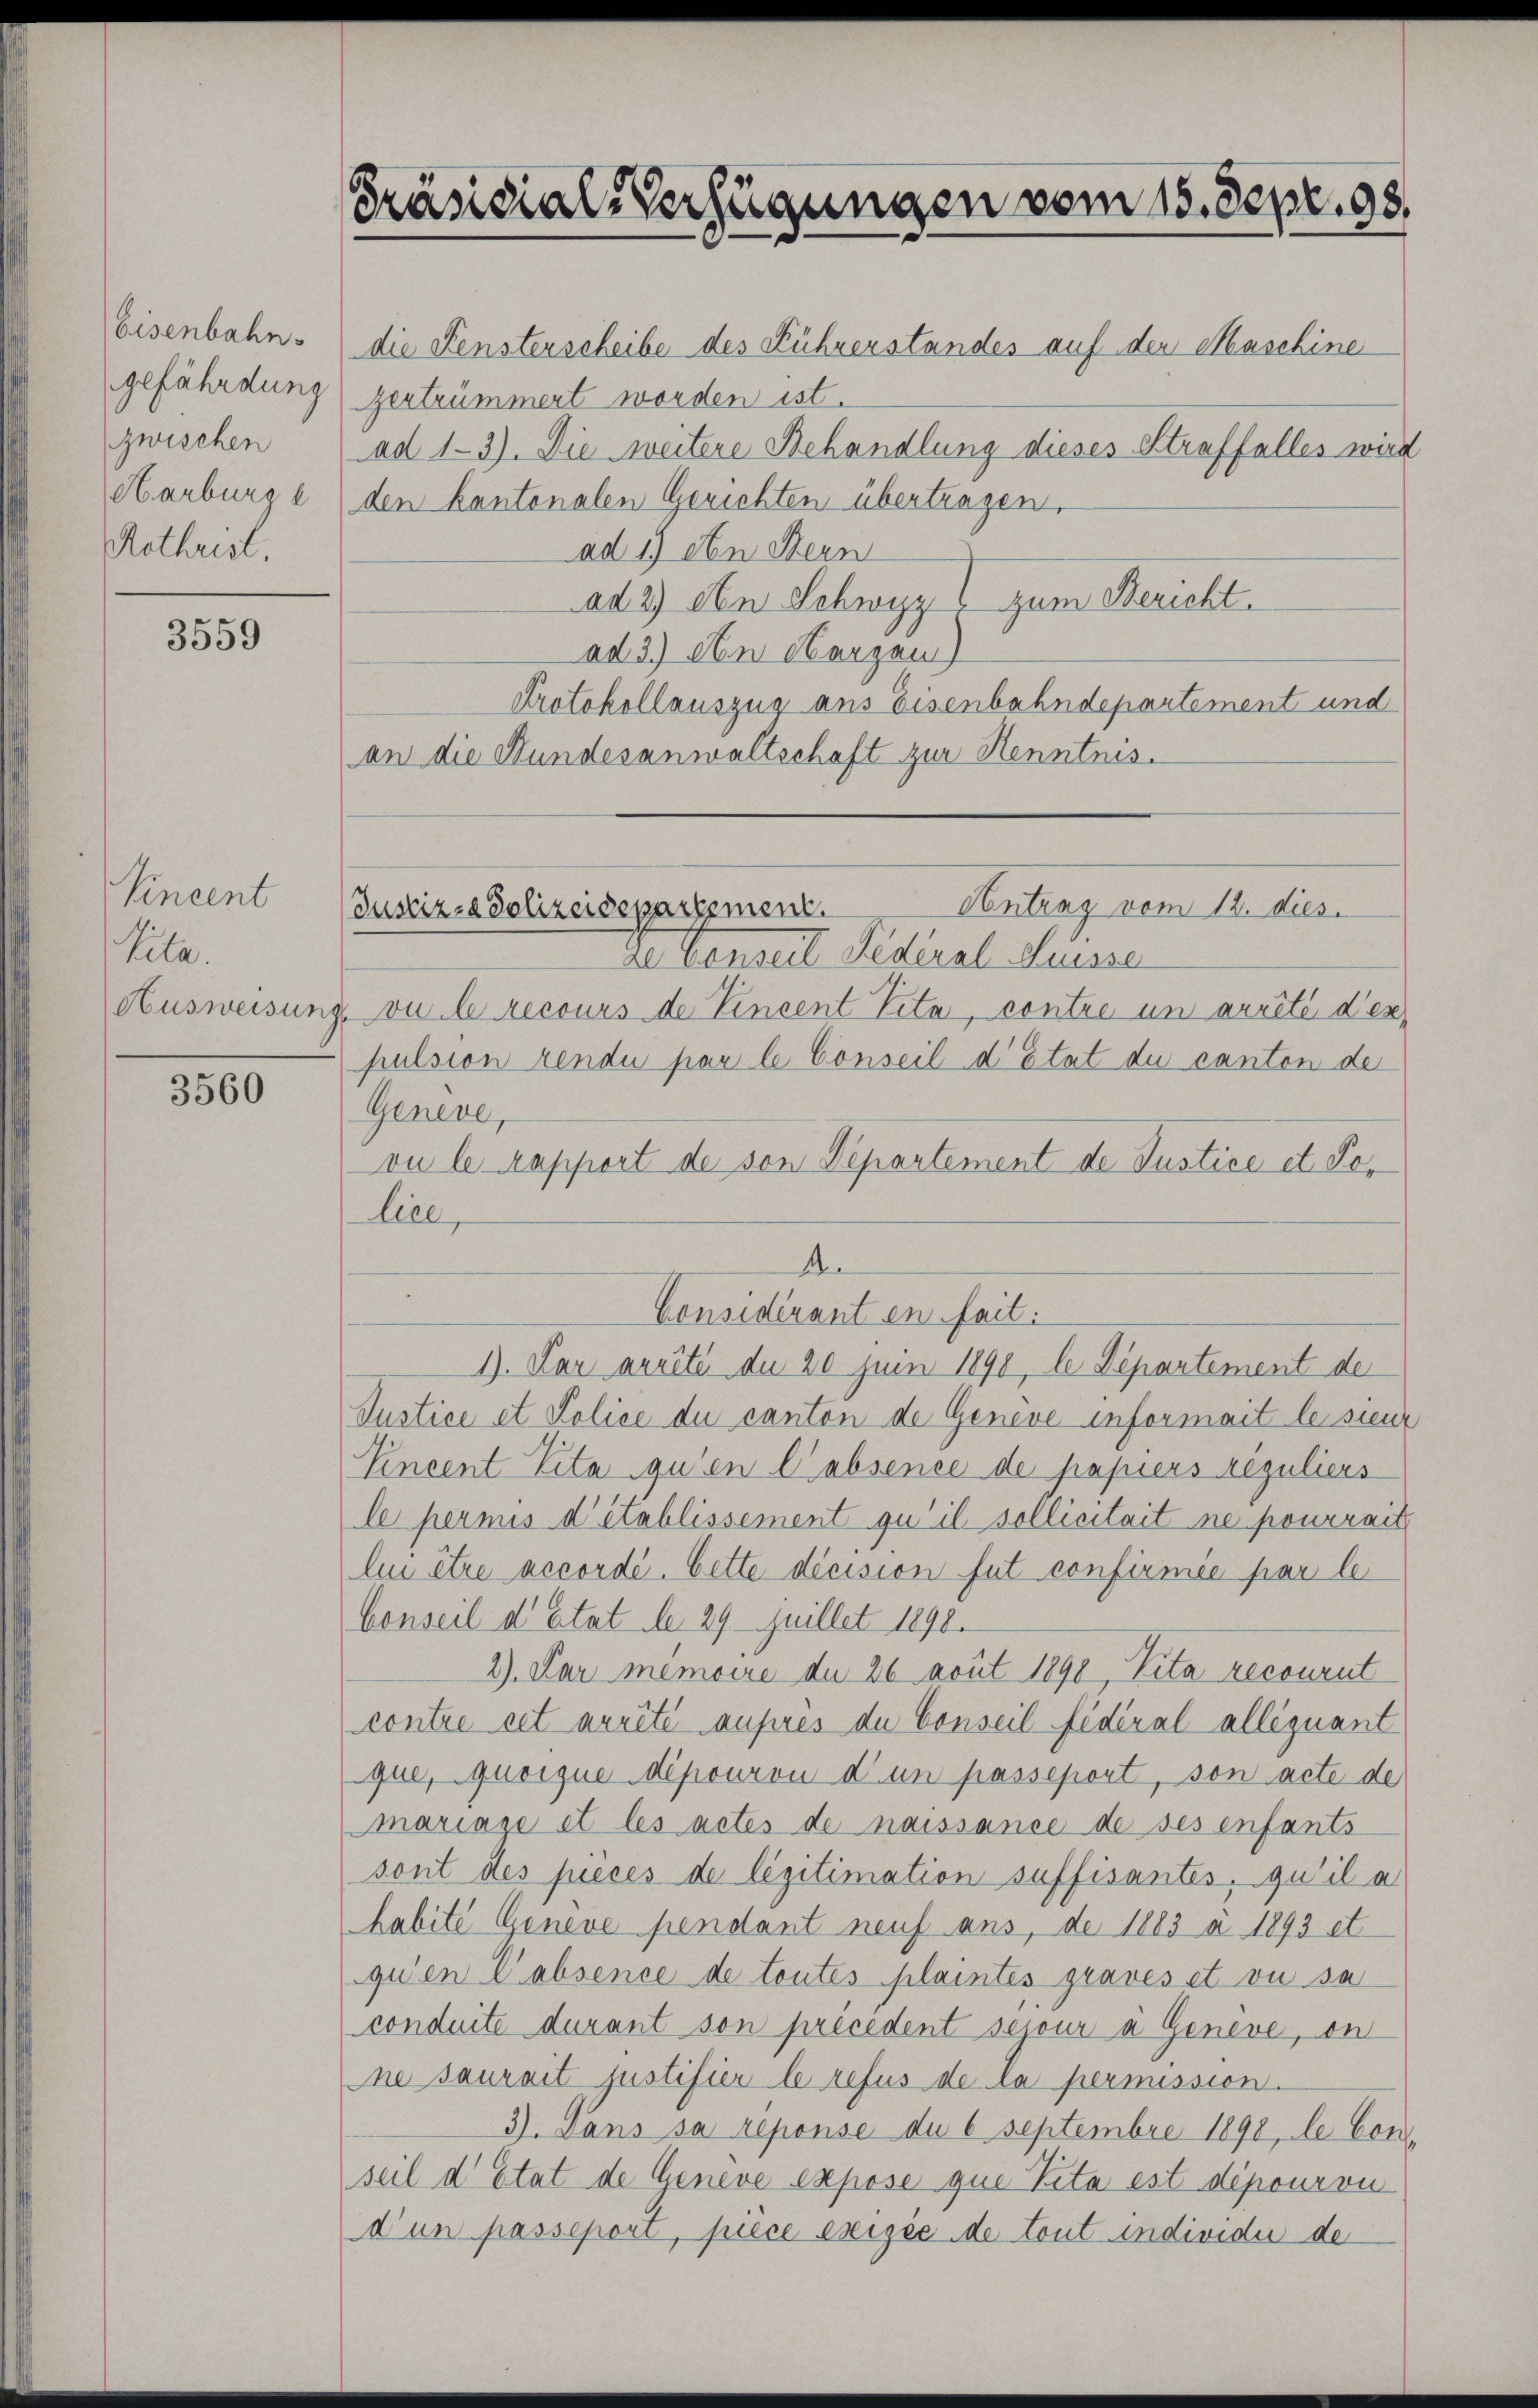
Eisenbahn.
gefährdung
zwischen
Harburg e
Rothrist,

3559

Vincent
Vita
Ausweisung

3560

Präsidial-Verfügungen vom 15. Sept. 98.

die Fensterscheibe des Rührerstandes auf der Maschine
zertrümmert worden ist.
ad 1-3). Die weitere Behandlung dieses Straffalles wird
den kantonalen Gerichten übertragen.
ad 1) den Stern
ad 2) den Schwyz zum Bericht.
ad 3.) An Herzen
Protokollauszug aus Eisenbahndepartement und
an die Hundesanwaltschaft zur Kenntnis.
Debenseit Federal Suisse
vu le recours de Vincent Vita, contre un arrêté d’en
pulsion rende par le Conseil d’Etat du canten der
Geneve,
vu le rapport de von Departement de Justice et Polire,
A.
Considérant en fait.
1). Der arrité du 20 Juni 1890, le Departement der
Justice et Police du canton de Geneve informant le sieur
Eincent Vita qu’en absence de papiers réguliers
le permis d’établissement qu’il sollicitait ne pourrait
ln être accordé. Cette décision fut confirmée par le
bonseil d’Etat le 29 Juillet 1890.
2) Par memoire du 26 aout 1890, Vita recourut
contre cet arrêté ausres du Conseil fédéral alléquant
que, quoique épouron d’un passeport, son acte de
mariage et les actes de naissance de ses enfants
sont des pièces de légitimation suffisantes, qu’il a
habite Geneve pendant neuf aus, de 1883 a 1893 et
qu’en absence de toutes plaintes graves et ou se
conduite durant son précédent secour a Geneve, on
ne saurait justifier le refus de la permission.
3). Dans sa reponse du 6 Septembre 1890, le Con
seil d’Etat de Geneve expose que Vita est dépouron
d’un passeport, piece exigée de tout individui de

Antrag vom 12. dies.
Justiz- & Polizeidepartement.